画像に写った文字を読んでください
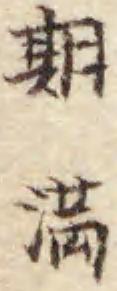
「期満」と書いてあります